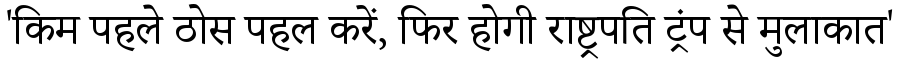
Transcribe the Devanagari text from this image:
'किम पहले ठोस पहल करें, फिर होगी राष्ट्रपति ट्रंप से मुलाकात'